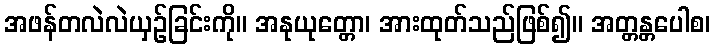
အဖန်တလဲလဲယှဉ်ခြင်းကို။ အနုယုတ္တော၊ အားထုတ်သည်ဖြစ်၍။ အတ္တန္တပေါစ၊